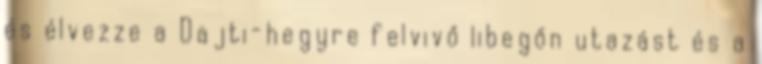
és élvezze a Dajti-hegyre felvivő libegőn utazást és a